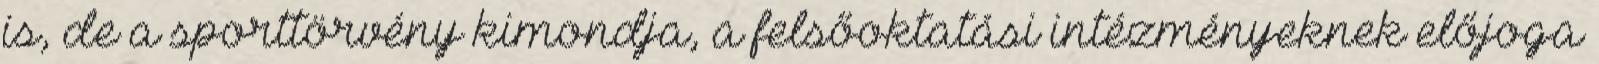
is, de a sporttörvény kimondja, a felsőoktatási intézményeknek előjoga